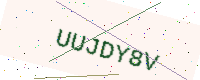
Text: UUJDY8V